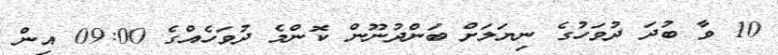
10 ވާ ބުދަ ދުވަހުގެ ނިޔަލަށް ބަންދުނޫން ކޮންމެ ދުވަހެެއްގެ 09:00 އިން